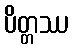
ပိတ္တဿ